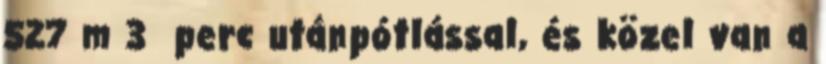
527 m 3 perc utánpótlással, és közel van a